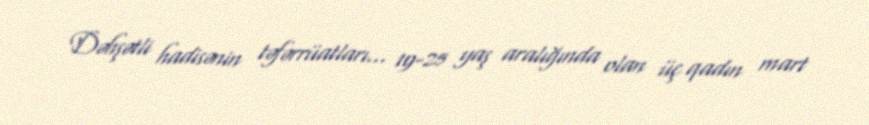
Dəhşətli hadisənin təfərrüatları... 19-25 yaş aralığında olan üç qadın mart